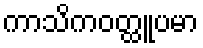
ကာသိကဝတ္ထူပမာ